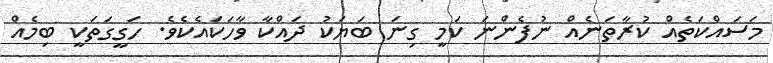
މަސައްކަތެއް ކުރާތަނެއް ނުފެންނަ ކަމީ ގިނަ ބަޔަކު ދައްކާ ވާހަކައެކެވެ. ހަގީގަތަކީ ބިމެއް